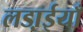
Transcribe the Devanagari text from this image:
लडा़ईयाँ